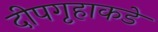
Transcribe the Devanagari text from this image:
दीपगृहाकडे